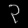
Digit: ၃